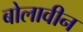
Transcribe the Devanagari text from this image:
बोलावीन